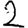
Digit: 2